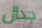
جدال